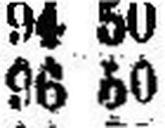
96 50